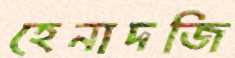
হেনাদজি